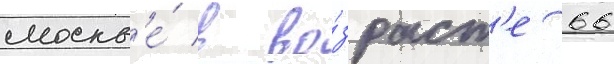
москв'е́ в во́зраст'е 66